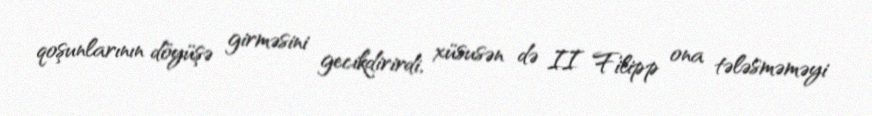
qoşunlarının döyüşə girməsini gecikdirirdi, xüsusən də II Filipp ona tələsməməyi